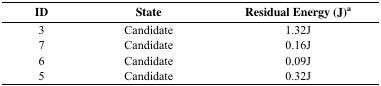
| ID | State | Residual Energy (J)a |
 | --- | --- | --- |
 | 3 | Candidate | 1.32J |
 | 7 | Candidate | 0.16J |
 | 6 | Candidate | 0.09J |
 | 5 | Candidate | 0.32J |